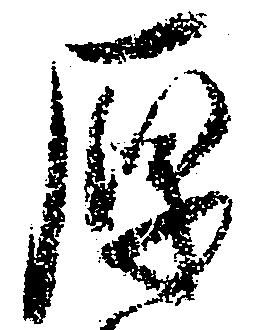
厚